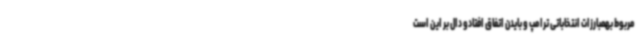
مربوط بهمبارزات انتخاباتی ترامپ و بایدن اتفاق افتادو دال بر این است